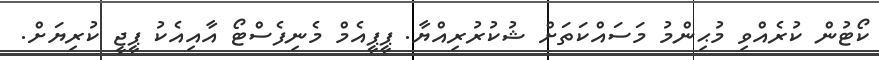
ކޯޓުން ކުރެއްވި މުޙިންމު މަސައްކަތަށް ޝުކުރުރިއްޔާ. ޕީޕީއެމް މެނިފެސްޓޯ އާއިއެކު ޕީޖީ ކުރިޔަށް.